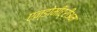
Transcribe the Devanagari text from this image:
एन्डोमीट्रीअम